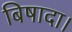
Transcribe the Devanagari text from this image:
बिषादा।